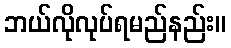
ဘယ်လိုလုပ်ရမည်နည်း။